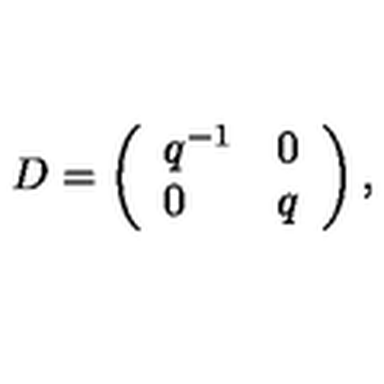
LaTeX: D = \left( \begin{array} { l c } { q ^ { - 1 } } & { 0 } \\ { 0 } & { q } \\ \end{array} \right) ,